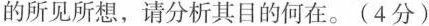
的所见所想，请分析其目的何在。(4分)